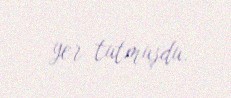
yer tutmuşdu.